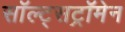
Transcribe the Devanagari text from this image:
सॉल्ट्सट्रॉमेन